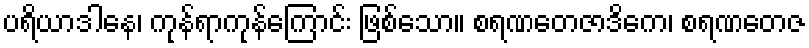
ပရိယာဒါနေ၊ ကုန်ရာကုန်ကြောင်း ဖြစ်သော။ စရဏတေဇာဒိကေ၊ စရဏတေဇ